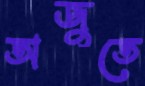
অজুতে